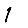
Digit: 1